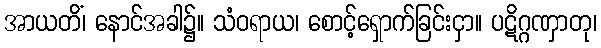
အာယတိံ၊ နောင်အခါ၌။ သံဝရာယ၊ စောင့်ရှောက်ခြင်းငှာ။ ပဋိဂ္ဂဏှာတု၊